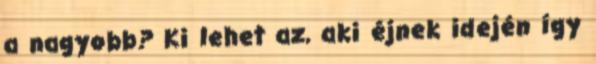
a nagyobb? Ki lehet az, aki éjnek idején így